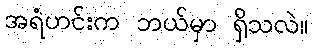
အရံဟင်းက ဘယ်မှာ ရှိသလဲ။